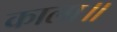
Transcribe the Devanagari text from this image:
काला॥